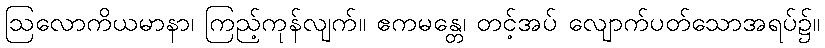
ဩလောကိယမာနာ၊ ကြည့်ကုန်လျက်။ ဧကမန္တေ၊ တင့်အပ် လျောက်ပတ်သောအရပ်၌။